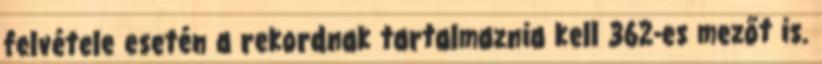
felvétele esetén a rekordnak tartalmaznia kell 362-es mezőt is.